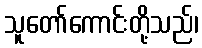
သူတော်ကောင်းတို့သည်၊